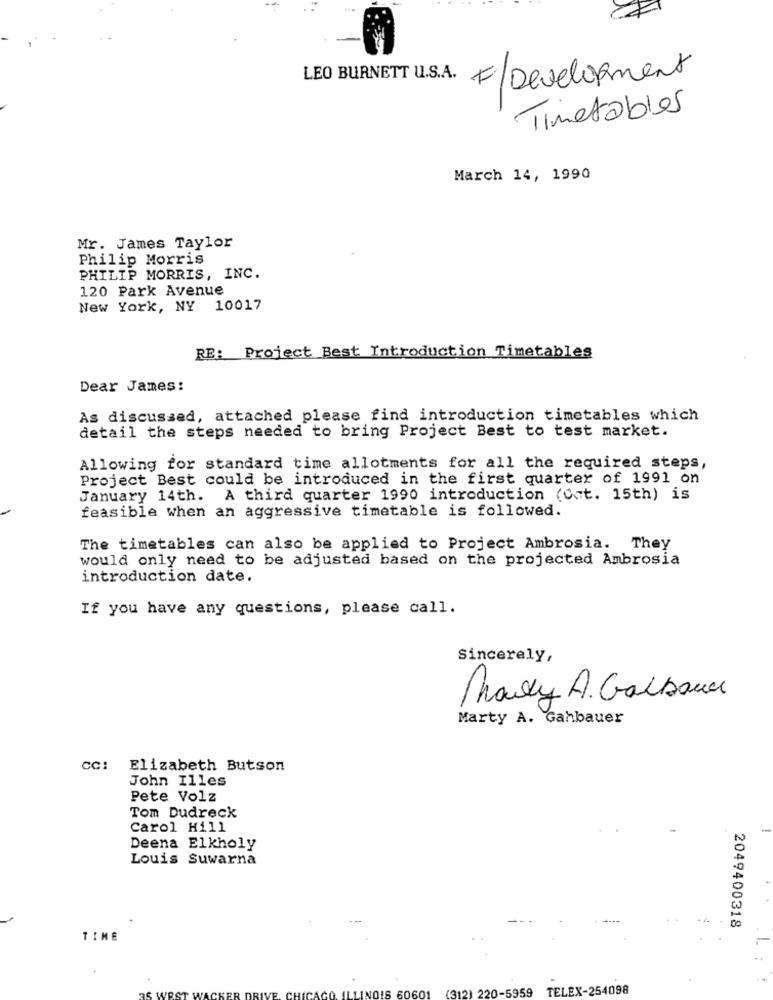
LEO BURNETT U.S.A.
F/Development
Timetables
March 14, 1990
Mr. James Taylor
Philip Morris
PHILIP MORRIS, INC.
120 Park Avenue
New York, NY 10017
RE: Project Best Introduction Timetables
Dear James:
As discussed, attached please find introduction timetables which
detail the steps needed to bring Project Best to test market.
Allowing for standard time allotments for all the required steps,
Project Best could be introduced in the first quarter of 1991 on
January 14th. A third quarter 1990 introduction (Ont. 15th) is
feasible when an aggressive timetable is followed.
The timetables can also be applied to Project Ambrosia. They
would only need to be adjusted based on the projected Ambrosia
introduction date.
If you have any questions, please call.
Sincerely,
Mary A. Galbauer
Marty A. Gahbauer
cc: Elizabeth Butson
John Illes
Pete Volz
Tom Dudreck
Carol Hill
Deena Elkholy
Louis Suwarna
2049400318
TIME
L :
TELEX-254098
0601
(312) 220-5959